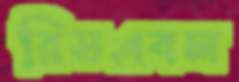
রিডএবল